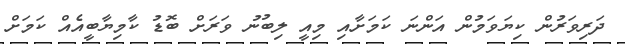
ދަރިވަރުން ކިޔަވަމުން އަންނަ ކަމަށާއި މިއީ ލިބުނު ވަރަށް ބޮޑު ކާމިޔާބީއެއް ކަމަށް